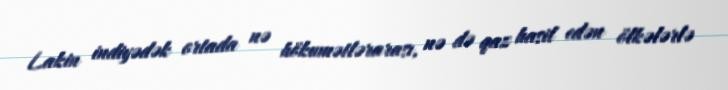
Lakin indiyədək ortada nə hökumətlərarası, nə də qaz hasil edən ölkələrlə